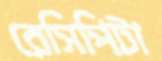
রেসিপিটা